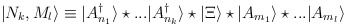
\begin{align*}|N_k,M_l\rangle\equiv |A^{\dag}_{n_{1}}\rangle\star...|A^{\dag}_{n_k}\rangle \star |\Xi\rangle \star|A_{m_1}\rangle \star ...|A_{m_l}\rangle\end{align*}